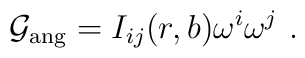
{\cal G}_{\rm ang} = I_{ij}(r,b) \omega^i \omega^j \, \,.